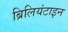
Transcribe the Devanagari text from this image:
ब्रिलियंटाइन